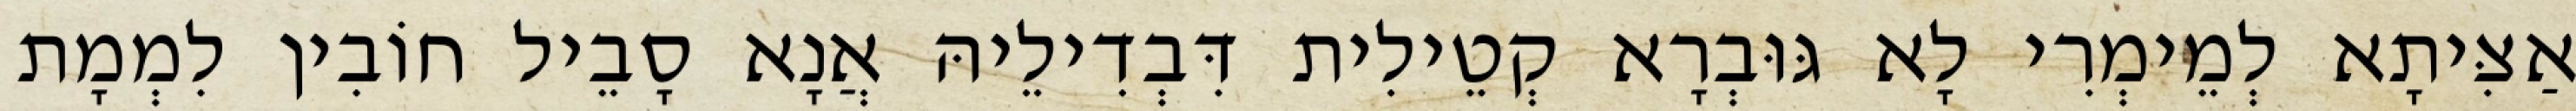
אַצִּיתָא לְמֵימְרִי לָא גּוּבְרָא קְטֵילִית דִּבְדִילֵיהּ אֲנָא סָבֵיל חוֹבִין לִמְמָת